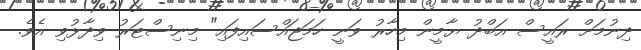
ދިނުމަށް ރައީސް އަބްދު ޔާމީން މިހާރު ވަނީ ހަމަޖައްސައިފައި" މިނިސްޓަރު ވިދާޅުވި އެވެ.